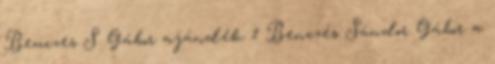
Benczes S. Gábor ajándék 1 Benczés Sándor Gábor a